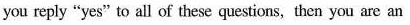
you reply "yes" to all of these questins, then you are an